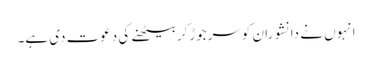
انہوں نے دانشوران کوسرجوڑکربیٹھنے کی دعوت دی ہے۔